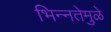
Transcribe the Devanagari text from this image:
भिन्‍नतेमुळे